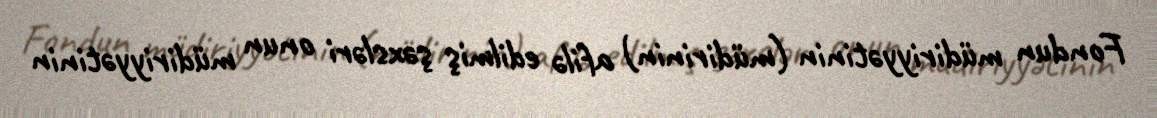
Fondun müdiriyyətinin (müdirinin) afilə edilmiş şəxsləri onun müdiriyyətinin